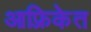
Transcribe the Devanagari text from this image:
आफ़्रिकेत